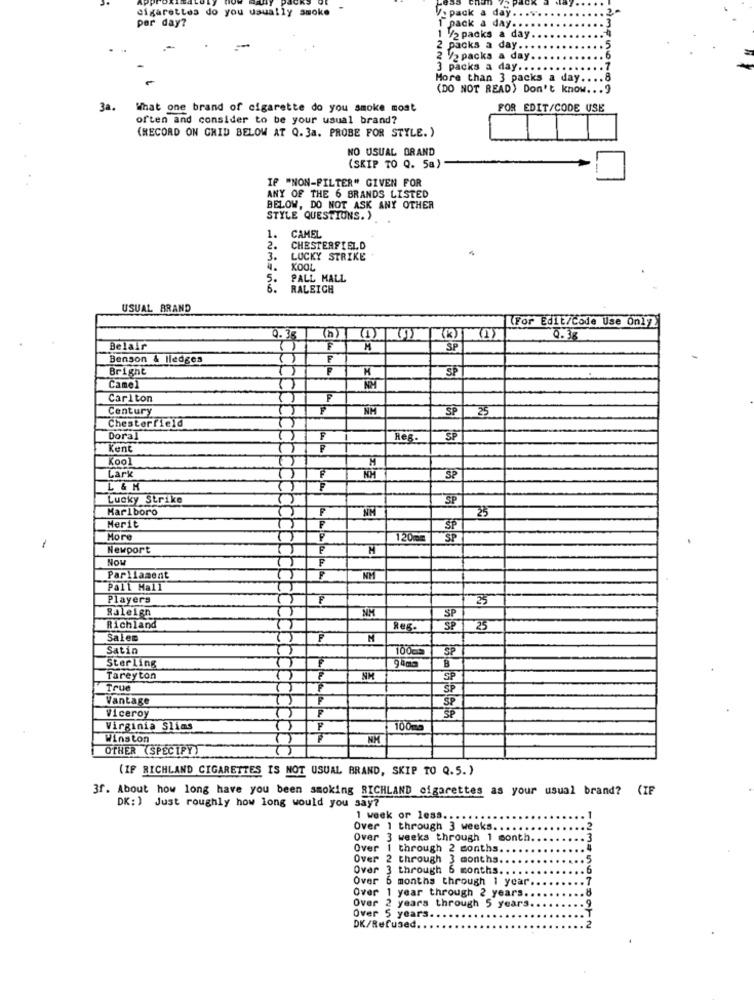
cigarettes do you usually smoke
per day?
V. pack a day.
1 pack a day ...
1 V2 packs a day.
2 packs a day ...
2 V2 packs a day
not
3 packs a day ..
More than 3 packs a day ..
(DO NOT READ) Don't know ... 9
3a.
What one brand of cigarette do you smoke most
FOR EDIT/CODE USE
often and consider to be your usual brand?
(RECORD ON GHID BELOW AT Q. 3a. PROBE FOR STYLE. )
NO USUAL BRAND
(SKIP TO Q. 5a)
IF "NON-FILTER" GIVEN FOR
ANY OF THE 6 BRANDS LISTED
BELOW, DO NOT ASK ANY OTHER
STYLE QUESTIONS.>
1.
CAMEL
2.
CHESTERFIELD
3.
LUCKY STRIKE
KOOL
5.
PALL MALL
6.
RALEICH
USUAL BRAND
(For Edit/Code Use On17
0.38
(1)
0.38
Belair
F
3P
Benson & Hedges
P
Bright
Camel
NM
Carlton
F
Century
NM
SP
25
chesterfield
Doral
F
Reg.
SP
Kent
1
F
Kool
H
Lark
KM
SP
L & H
Lucky Strike
SP
Karlboro
F
NM
25
Merit
More
P
120mm
SP
1
Newport
F
Now
F
Parliament
NM
Pall Mall
Players
25
NM
SP
Raleigh
Richland
Reg-
SP
25
Salem
M
Satin
SP
10005
B
Sterling
Tareyton
SP
true
P
SP
Vantage
F
P
Viceroy
Virginia Slias
F
100mg
Winston
NH
OTHER (SPECIFY)
(IP RICHLAND CIGARETTES IS NOT USUAL BRAND, SKIP TO Q.5.)
3f. About how long have you been smoking RICHLAND cigarettes as your usual brand?
(IF
DK: ) Just roughly how long would you say?
1 week or less.
Over 1 through 3 weeks.
Over
weeks through 1 month
Over
through 2 months.
Over 2 through
months
Over 3 through
months.
Over 6 months through 1 year
Over 1 year through 2 years.
Over 2 years through 5 years
Over 5 years ..
DK/Refused.